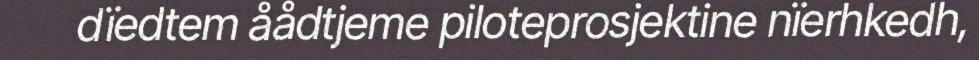
dïedtem åådtjeme piloteprosjektine nïerhkedh,